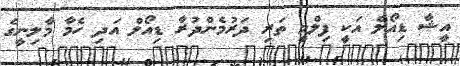
އީޝާ ޑިއޯލް އަކީ ފިލްމީ ތަރި ދަރުމެންދުރާ ޑިއޯލް އަދި ހެމާ މާލިނީގެ